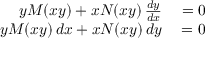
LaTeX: \begin{array} { r l } { y M ( x y ) + x N ( x y ) \, { \frac { d y } { d x } } } & { { } = 0 } \\ { y M ( x y ) \, d x + x N ( x y ) \, d y } & { { } = 0 } \end{array}